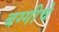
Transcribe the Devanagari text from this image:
बग्गीचे